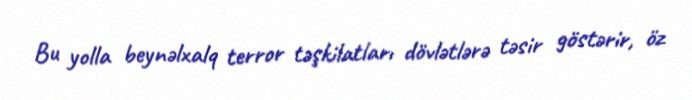
Bu yolla beynəlxalq terror təşkilatları dövlətlərə təsir göstərir, öz